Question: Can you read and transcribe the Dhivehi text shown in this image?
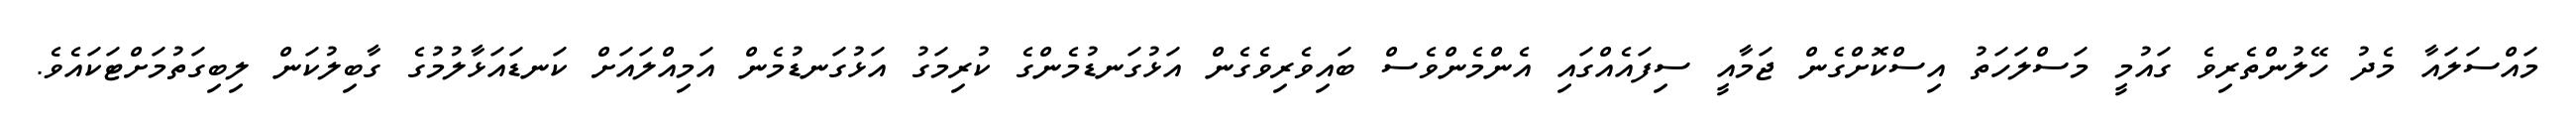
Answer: މައްސަލައާ މެދު ހޭލުންތެރިވެ ގައުމީ މަސްލަހަތު އިސްކޮށްގެން ޖަމާއީ ސިފައެއްގައި އެންމެންވެސް ބައިވެރިވެގެން އަޅުގަނޑުމެންގެ ކުރިމަގު އަޅުގަނޑުމެން އަމިއްލައަށް ކަނޑައަޅާލުމުގެ ގާބިލުކަން ލިބިގަތުމަށްޓަކައެވެ.